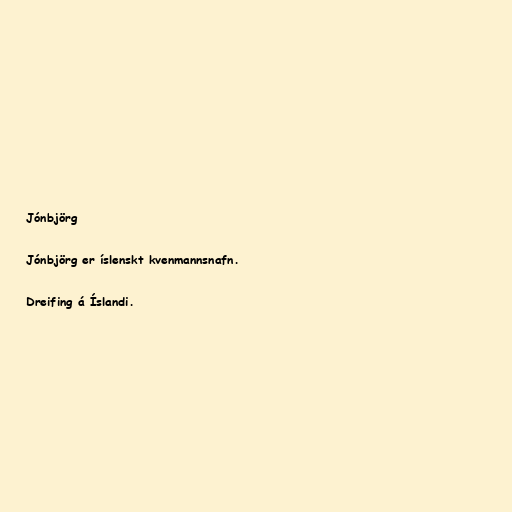
Jónbjörg

Jónbjörg er íslenskt kvenmannsnafn.

Dreifing á Íslandi.